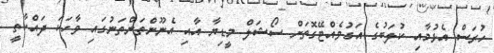
ހުރަސް އެޅުމާއި ކުލަބުގެ އަގުވެއްޓޭގޮތަށް ސޯޝަލް މީޑިޔާ އާއި އެނޫންތަންތަނުގައި ވާހަކަ ދައްކާތީ